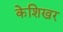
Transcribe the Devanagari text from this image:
केशिखर